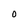
Character: O